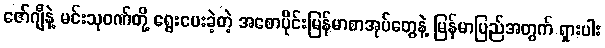
ဇော်ဂျီနဲ့ မင်းသုဝဏ်တို့ ရွေးပေးခဲ့တဲ့ အစောပိုင်းမြန်မာစာအုပ်တွေနဲ့ မြန်မာပြည်အတွက် ရှားပါး